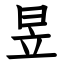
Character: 昱